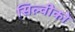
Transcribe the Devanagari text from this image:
सिल्वीको